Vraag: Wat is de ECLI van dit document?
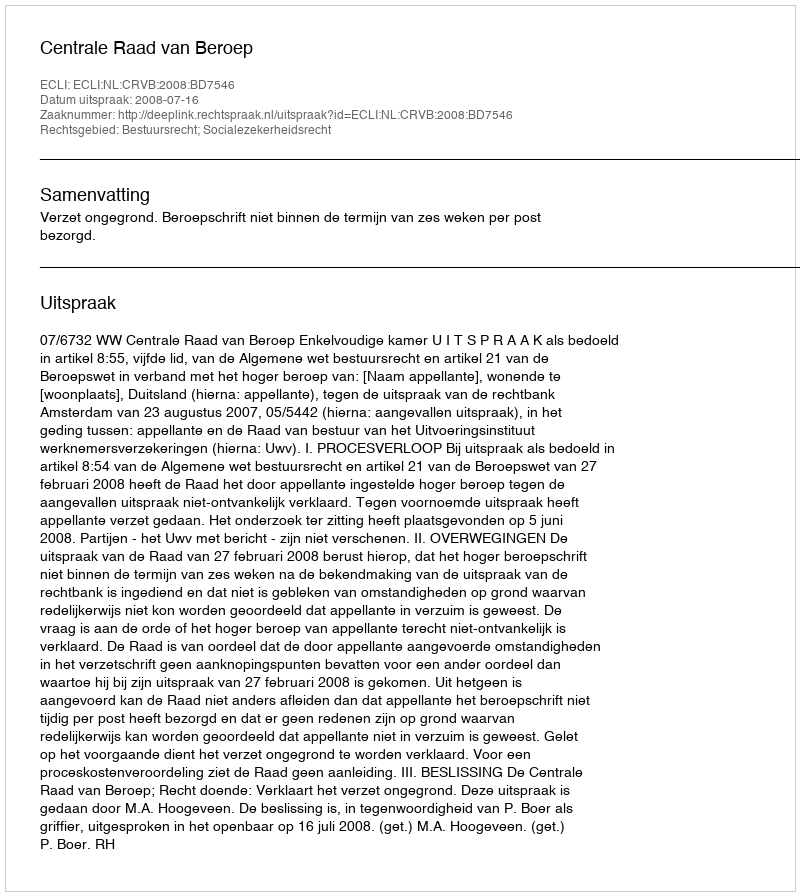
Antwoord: ECLI:NL:CRVB:2008:BD7546